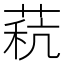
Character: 𰱧